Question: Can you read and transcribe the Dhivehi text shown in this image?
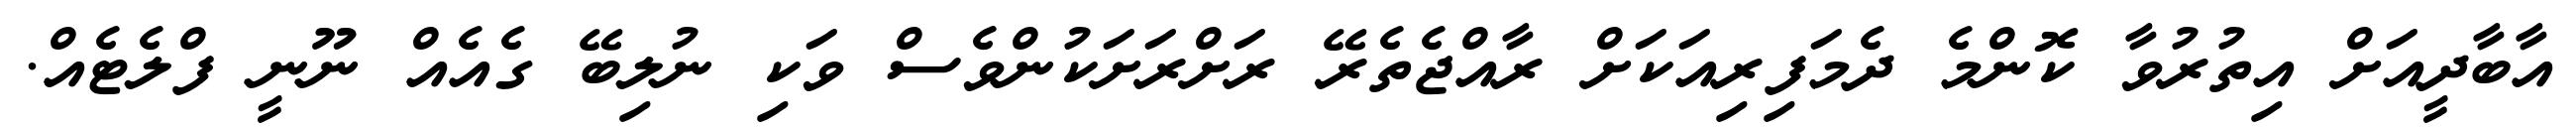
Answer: އާބާދީއަށް އިތުރުވާ ކޮންމެ ދެމަފިރިއަކަށް ރާއްޖެތެރޭ ރަށްރަށަކުންވެސް ވަކި ނުލިބޭ ގެއެއް ނޫނީ ފްލެޓެއް.